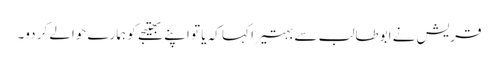
قریش نے ابوطالب سے بہتیرا کہا کہ یا تو اپنے بھتیجے کو ہمارے حوالے کر دو۔